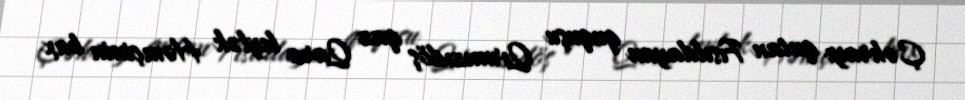
Çəhrayı qutan Fısıldayan ququşu Qırmızıdöş qaz Qara leylək Həmçinin bax